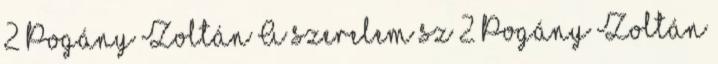
2 Pogány Zoltán A szerelem sz 2 Pogány Zoltán